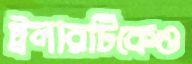
ট্রলারটিকেও